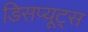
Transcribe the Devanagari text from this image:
डिसप्यूट्स